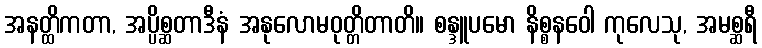
အနတ္ထိကတာ, အပ္ပိစ္ဆတာဒီနံ အနုလောမဝုတ္တိတာတိ။ စန္ဒူပမော နိစ္စနဝေါ ကုလေသု, အမစ္ဆရီ